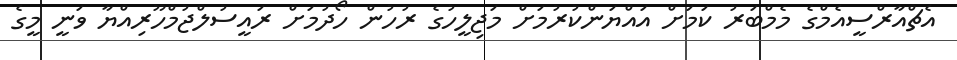
އެޗްއާރްސީއެމްގެ މެމްބަރު ކަމަށް އައްޔަންކުރުމަށް މަޖިލީހުގެ ރުހުން ހޯދުމަށް ރައީސުލްޖުމްހޫރިއްޔާ ވަނީ މީގެ